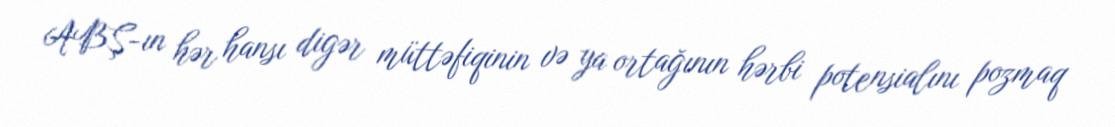
ABŞ-ın hər hansı digər müttəfiqinin və ya ortağının hərbi potensialını pozmaq